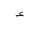
Letter: _hamza